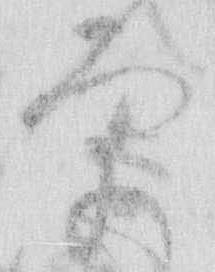
更